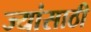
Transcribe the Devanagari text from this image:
ज्यांसाठी